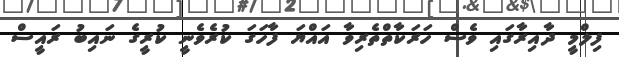
ފިލްމީ ދާއިރާގައި ވެސް ހަރަކާތްތެރިވާ އައްޔަ ފާހަގަ ކުރެވެނީ ކުރީގެ ނައިބު ރައީސް